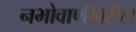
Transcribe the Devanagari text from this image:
नभोवाणीवरील